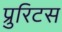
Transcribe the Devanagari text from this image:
प्रुरिटस